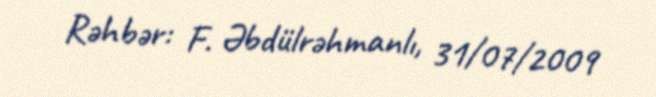
Rəhbər: F. Əbdülrəhmanlı, 31/07/2009